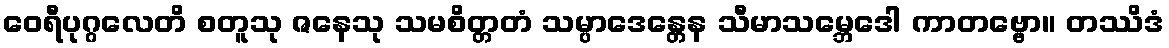
ဝေရီပုဂ္ဂလေတိ စတူသု ဇနေသု သမစိတ္တတံ သမ္ပာဒေန္တေန သီမာသမ္ဘေဒေါ ကာတဗ္ဗော။ တဿိဒံ